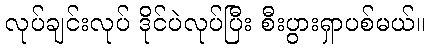
လုပ်ချင်းလုပ် ဒိုင်ပဲလုပ်ပြီး စီးပွားရှာပစ်မယ်။